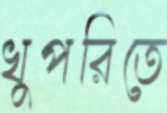
খুপরিতে